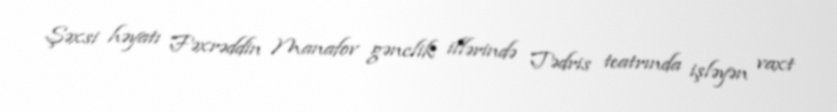
Şəxsi həyatı Fəxrəddin Manafov gənclik illərində Tədris teatrında işləyən vaxt